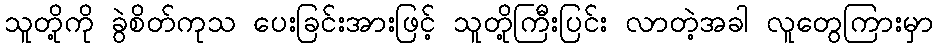
သူတို့ကို ခွဲစိတ်ကုသ ပေးခြင်းအားဖြင့် သူတို့ကြီးပြင်း လာတဲ့အခါ လူတွေကြားမှာ